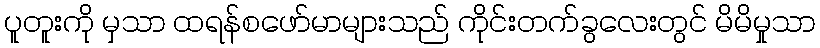
ပူတူးကို မှသာ ထရန်စဖော်မာများသည် ကိုင်းတက်ခွလေးတွင် မိမိမှုသာ